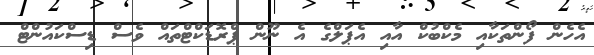
އެހެން ފޯންތަކާއި މެކްބުކް އާއި އެޕަލްގެ އެ ނޫން ޕްރޮޑަކްޓްތައް ވެސް ޑިސްކައުންޓް